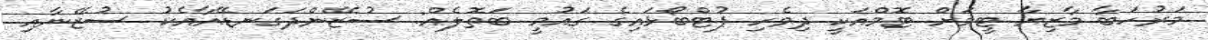
މަރުހަބާ މާޒިޔާ ޓީމަށް ޓޮމްއަކީ ދިވެހި ފުޓްބޯޅައިގެ ގައުމީ ބަތޮލެއް: ސުޒޭންދަގަނޑޭއާއެކު ސުޒޭނާއި